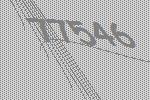
77546